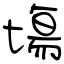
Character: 塲